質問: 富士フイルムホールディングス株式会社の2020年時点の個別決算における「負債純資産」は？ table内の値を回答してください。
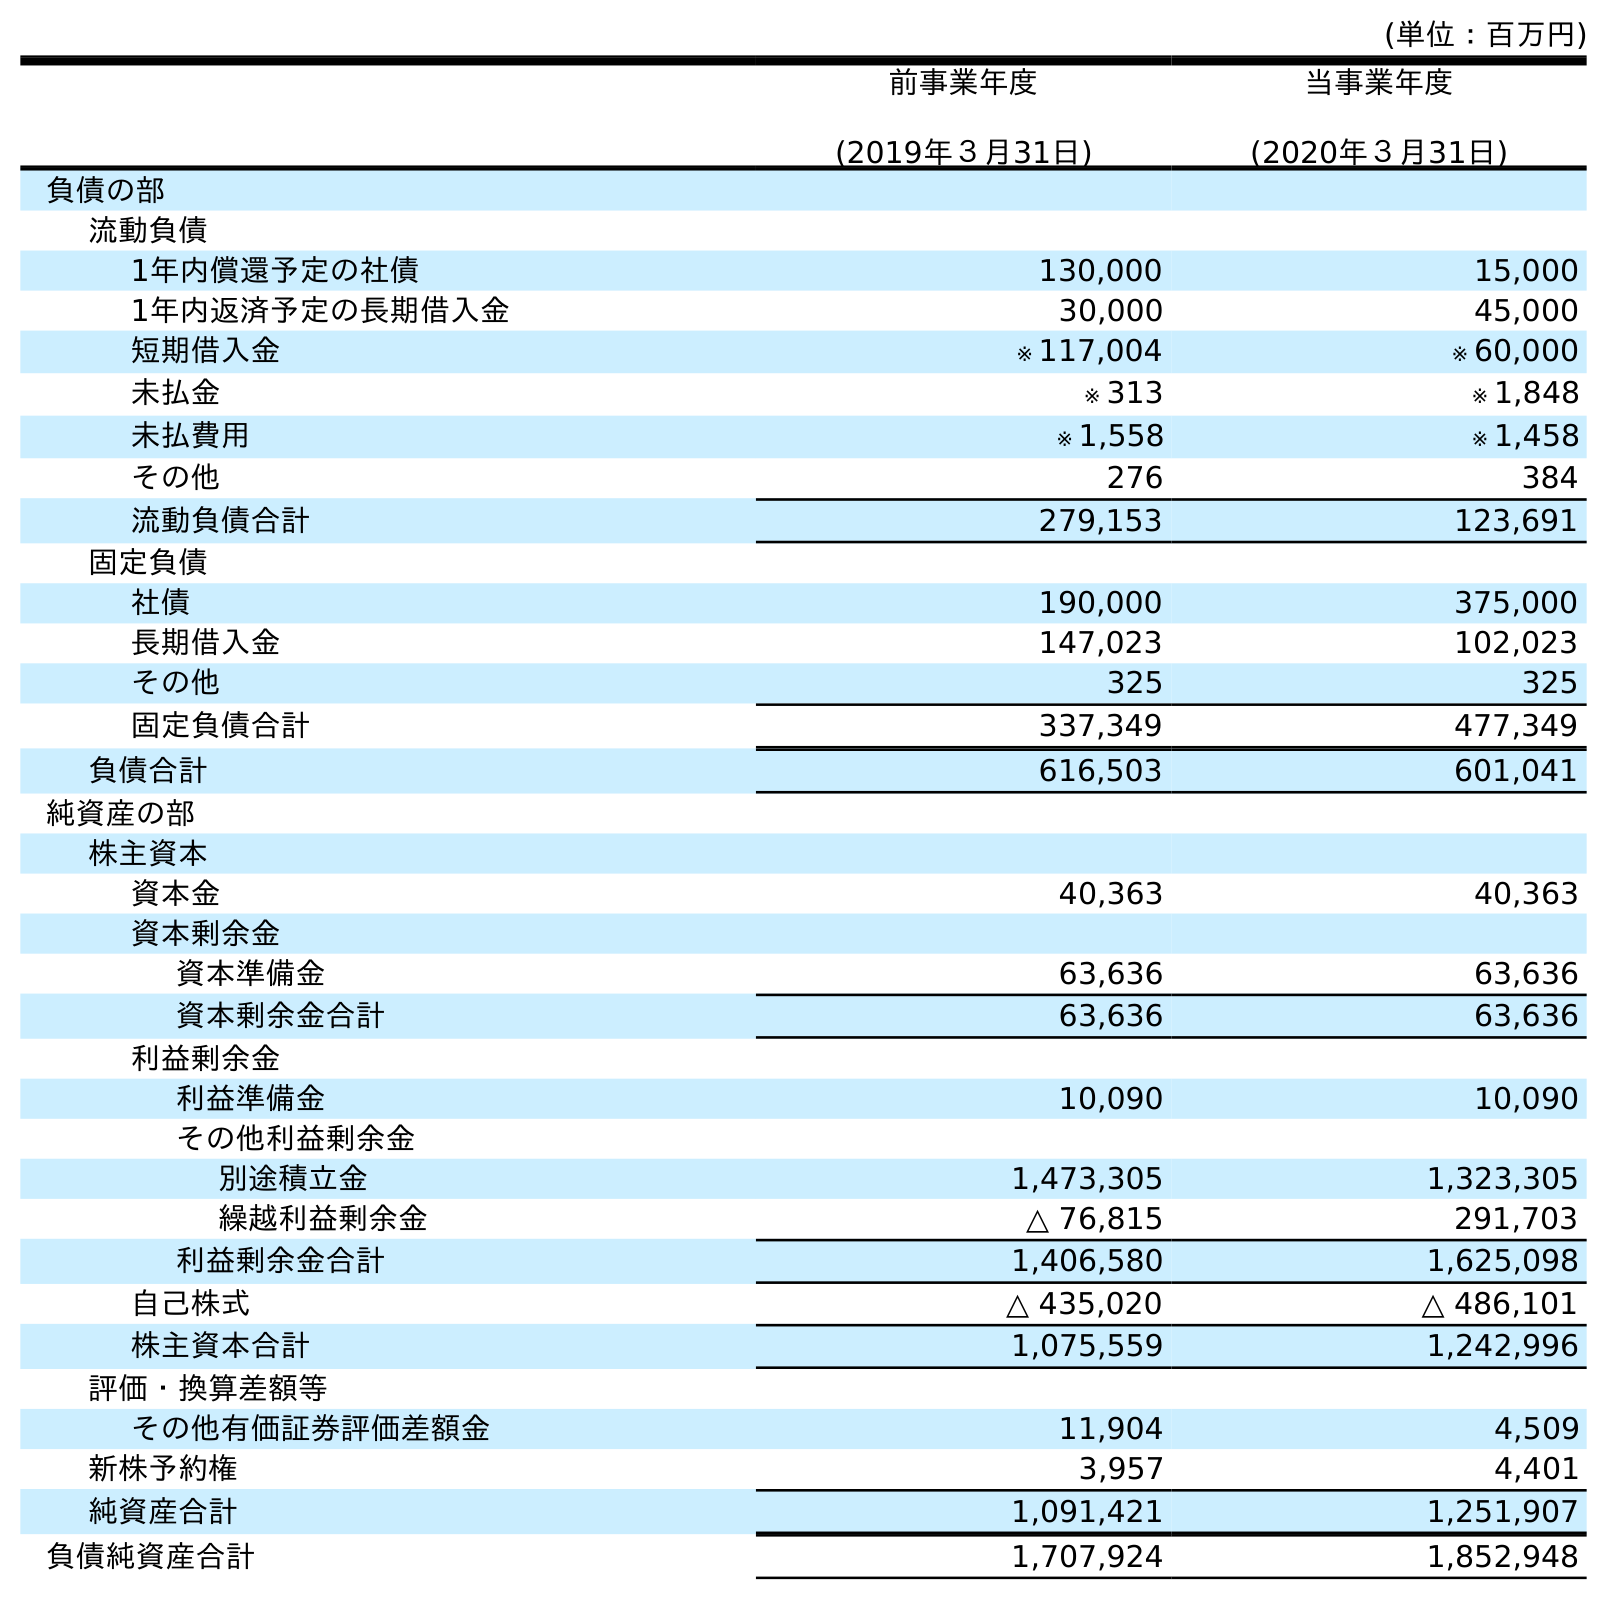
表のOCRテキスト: (単位：百万円) 前事業年度 (2019年３月31日) 当事業年度 (2020年３月31日) 負債の部 流動負債 1年内償還予定の社債 130,000 15,000 1年内返済予定の長期借入金 30,000 45,000 短期借入金 ※ 117,004 ※ 60,000 未払金 ※ 313 ※ 1,848 未払費用 ※ 1,558 ※ 1,458 その他 276 384 流動負債合計 279,153 123,691 固定負債 社債 190,000 375,000 長期借入金 147,023 102,023 その他 325 325 固定負債合計 337,349 477,349 負債合計 616,503 601,041 純資産の部 株主資本 資本金 40,363 40,363 資本剰余金 資本準備金 63,636 63,636 資本剰余金合計 63,636 63,636 利益剰余金 利益準備金 10,090 10,090 その他利益剰余金 別途積立金 1,473,305 1,323,305 繰越利益剰余金 △ 76,815 291,703 利益剰余金合計 1,406,580 1,625,098 自己株式 △ 435,020 △ 486,101 株主資本合計 1,075,559 1,242,996 評価・換算差額等 その他有価証券評価差額金 11,904 4,509 新株予約権 3,957 4,401 純資産合計 1,091,421 1,251,907 負債純資産合計 1,707,924 1,852,948
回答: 1,852,948